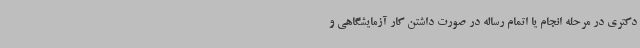
دکتری در مرحله انجام یا اتمام رساله در صورت داشتن کار آزمایشگاهی و